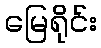
မြေရိုင်း